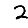
Digit: 2